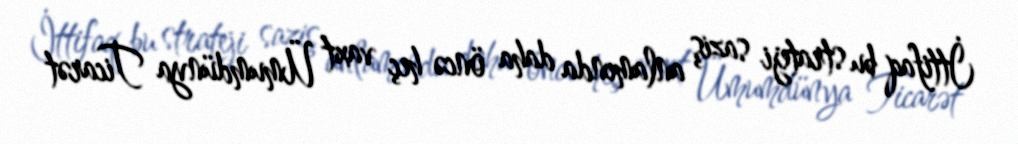
İttifaq bu strateji saziş anlamında daha öncə heç vaxt Ümumdünya Ticarət